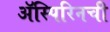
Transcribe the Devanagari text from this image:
ॲस्पिरिनची